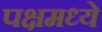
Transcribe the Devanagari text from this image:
पक्षमध्ये